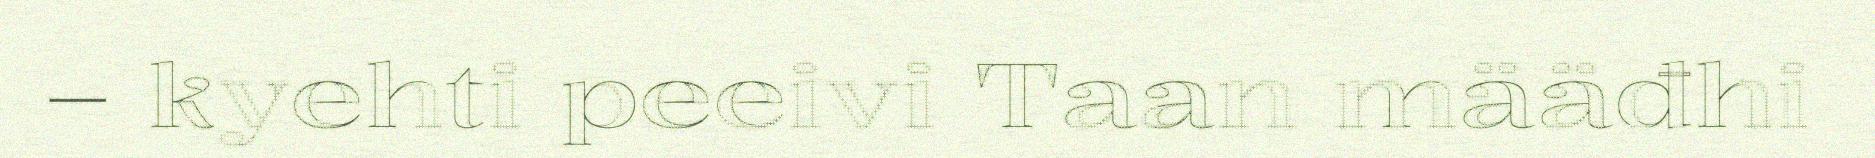
– kyehti peeivi Taan määđhi